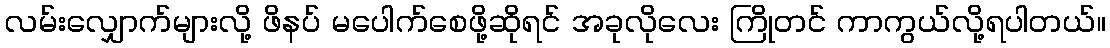
လမ်းလျှောက်များလို့ ဖိနပ် မပေါက်စေဖို့ဆိုရင် အခုလိုလေး ကြိုတင် ကာကွယ်လို့ရပါတယ်။